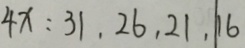
4 x : 3 1 , 2 6 , 2 1 , 1 6